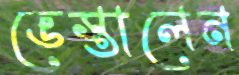
ভেস্তালেন